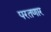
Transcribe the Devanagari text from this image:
परतणार